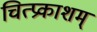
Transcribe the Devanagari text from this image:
चित्प्रकाशम्‌